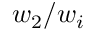
w _ { 2 } / w _ { i }